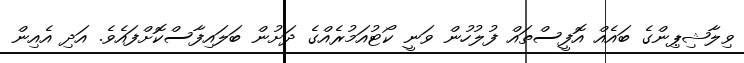
ވިލާޝިޕިންގެ ބައެއް އޮފީސްތައް ފުލުހުން ވަނީ ކޯޓުއަމުރެއްގެ ދަށުން ބަލައިފާސްކޮށްފައެވެ. އަދި އެއިން